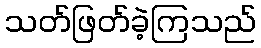
သတ်ဖြတ်ခဲ့ကြသည်